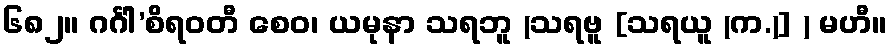
၆၈၂။ ဂင်္ဂါ’စိရဝတီ စေဝ၊ ယမုနာ သရဘူ (သရဗူ [သရယူ (က.)] ) မဟီ။